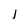
Character: l